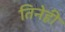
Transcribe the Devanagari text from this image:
तिनेही